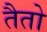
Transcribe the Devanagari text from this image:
तैतो